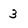
Character: 3